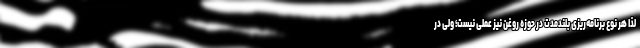
لذا هر نوع برنامه‌ریزی بلندمدت در حوزه روغن نیز عملی نیست؛ ولی در